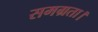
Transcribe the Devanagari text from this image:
समग्रता।